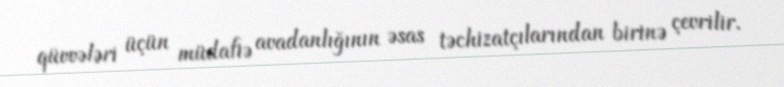
qüvvələri üçün müdafiə avadanlığının əsas təchizatçılarından birinə çevrilir.